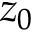
z _ { 0 }